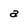
Character: a